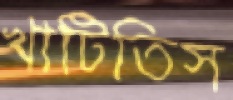
খাটিতিস